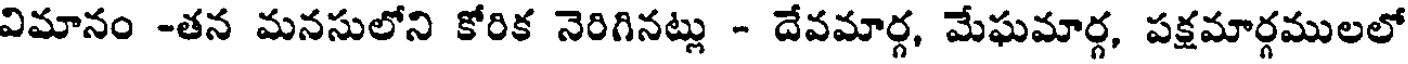
విమానం -తన మనసులోని కోరిక నెరిగినట్లు - దేవమార్గ, మేఘమార్గ, పక్షమార్గములలో